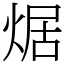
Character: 𤉸